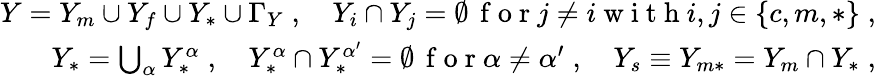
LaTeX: \begin{array}{r}{Y=Y_{m}\cup Y_{f}\cup Y_{*}\cup\Gamma_{Y}\; ,\quad Y_{i}\cap Y_{j}=\emptyset\, \mathrm{~f~o~r~}j\not=i\mathrm{~w~i~t~h~}i,j\in\{ c,m,*\} \; ,}\\ {Y_{*}=\bigcup_{\alpha}Y_{*}^{\alpha}\; ,\quad Y_{*}^{\alpha}\cap Y_{*}^{{\alpha}^{\prime}}=\emptyset\, \mathrm{~f~o~r~}{\alpha}\not={\alpha}^{\prime}\; ,\quad Y_{s}\equiv Y_{m*}=Y_{m}\cap Y_{*}\; ,}\end{array}